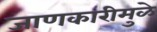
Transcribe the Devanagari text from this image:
जाणकारीमुळे